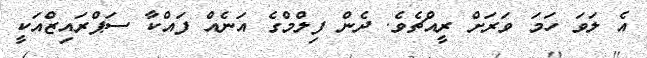
އެ ލަވަ ހަމަ ވަރަށް ރީއްޗެވެ. ދެން ފިލްމްގެ އަނެއް ފައްކާ ސަޕްރައިޒްއަކީ